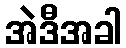
အဲဒီအခါ